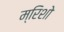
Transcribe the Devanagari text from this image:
म्रिशो